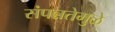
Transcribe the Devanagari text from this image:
संपन्नतेमुळे